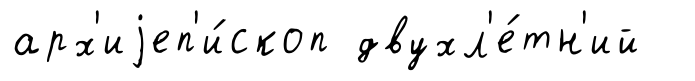
арх'иjеп'и́скоп двухл'е́тн'ий